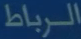
الرباط